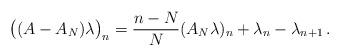
LaTeX: \begin{align*}\bigl((A-A_N)\lambda\bigr)_n=\frac{n-N}{N}(A_N\lambda)_n+\lambda_n-\lambda_{n+1}\,.\end{align*}